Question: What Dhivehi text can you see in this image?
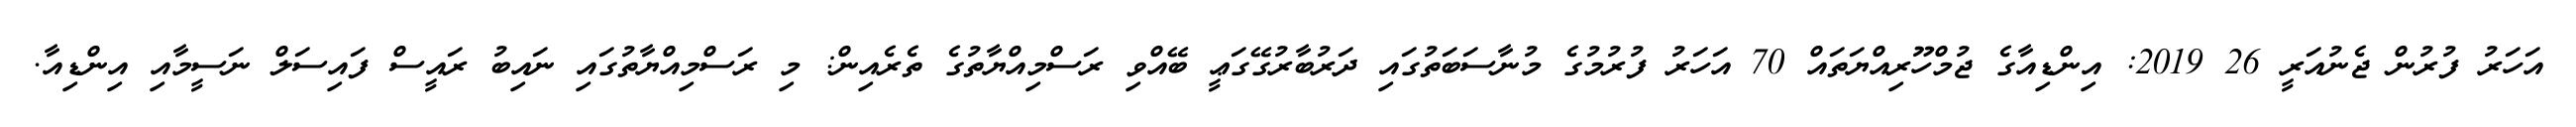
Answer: އަހަރު ފުރުން ޖެނުއަރީ 26 2019: އިންޑިއާގެ ޖުމްހޫރިއްޔަތައް 70 އަހަރު ފުރުމުގެ މުނާސަބަތުގައި ދަރުބާރުގޭގަޢީ ބޭއްވި ރަސްމިއްޔާތުގެ ތެރެއިން: މި ރަސްމިއްޔާތުގައި ނައިބު ރައީސް ފައިސަލް ނަސީމާއި އިންޑިއާ.